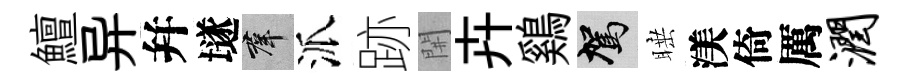
鱣异幷𡑞群派跡𨳩卉鷄駕睡渼倚厲润